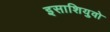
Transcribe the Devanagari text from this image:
इसाशियुवो